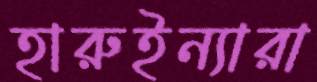
হারুইন্যারা